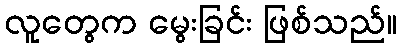
လူတွေက မွေးခြင်း ဖြစ်သည်။